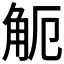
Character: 𧣂